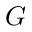
G